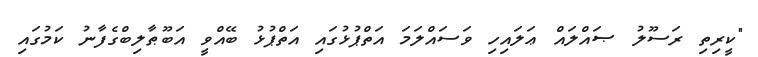
"ކީރިތި ރަސޫލު ޞައްލައް ޢަލައިހި ވަސައްލަމަ އަތްޕުޅުގައި އަތްޕުޅު ބޭއްވީ އަބޫޠާލިބްގެފާނު ކަމުގައި